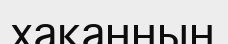
хаканның